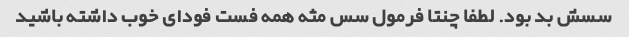
سسش بد بود. لطفا چنتا فرمول سس مثه همه فست فودای خوب داشته باشید